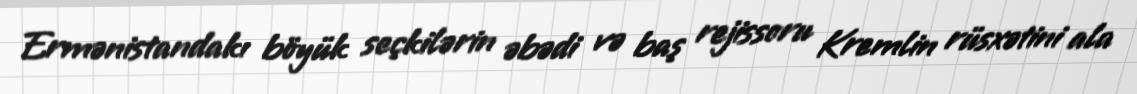
Ermənistandakı böyük seçkilərin əbədi və baş rejissoru Kremlin rüsxətini ala